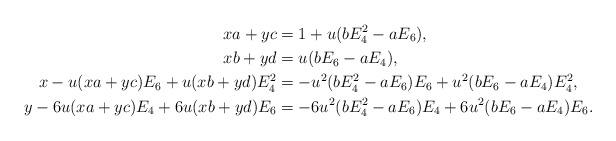
LaTeX: \begin{align*} xa+yc &= 1+u(bE_4^2-aE_6),\\ xb+yd &= u(bE_6-aE_4),\\ x-u(xa+yc)E_6+u(xb+yd)E_4^2 &= -u^2(bE_4^2-aE_6)E_6+u^2(bE_6-aE_4)E_4^2,\\ y-6u(xa+yc)E_4+6u(xb+yd)E_6 &= -6u^2(bE_4^2-aE_6)E_4+6u^2(bE_6-aE_4)E_6.\end{align*}